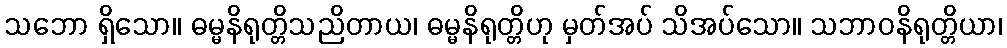
သဘော ရှိသော။ ဓမ္မနိရုတ္တိသညိတာယ၊ ဓမ္မနိရုတ္တိဟု မှတ်အပ် သိအပ်သော။ သဘာဝနိရုတ္တိယာ၊